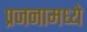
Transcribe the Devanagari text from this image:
प्रजनामध्ये